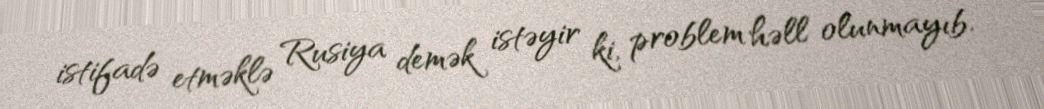
istifadə etməklə Rusiya demək istəyir ki, problem həll olunmayıb.